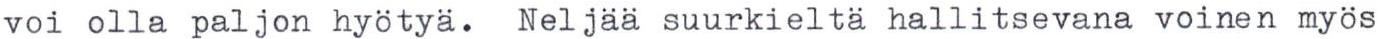
voi olla paljon hyötyä. Neljää suurkieltä hallitsevana voinen myös